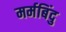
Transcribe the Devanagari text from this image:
मर्मबिंदु